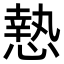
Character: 慹